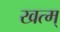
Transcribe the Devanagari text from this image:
खत्म्